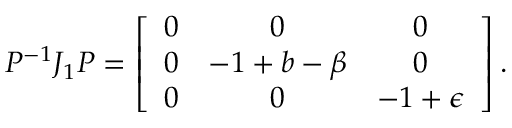
P ^ { - 1 } J _ { 1 } P = \left[ \begin{array} { c c c } { 0 } & { 0 } & { 0 } \\ { 0 } & { - 1 + b - \beta } & { 0 } \\ { 0 } & { 0 } & { - 1 + \epsilon } \end{array} \right] .